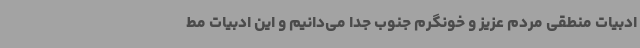
ادبیات منطقی مردم عزیز و خونگرم جنوب جدا می‌دانیم و این ادبیات مط